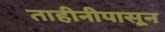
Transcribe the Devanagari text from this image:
ताहीनीपासून